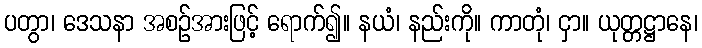
ပတွာ၊ ဒေသနာ အစဉ်အားဖြင့် ရောက်၍။ နယံ၊ နည်းကို။ ကာတုံ၊ ငှာ။ ယုတ္တဋ္ဌာနေ၊